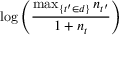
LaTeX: \log \left( { \frac { \operatorname* { m a x } _ { \{ t ^ { \prime } \in d \} } n _ { t ^ { \prime } } } { 1 + n _ { t } } } \right)